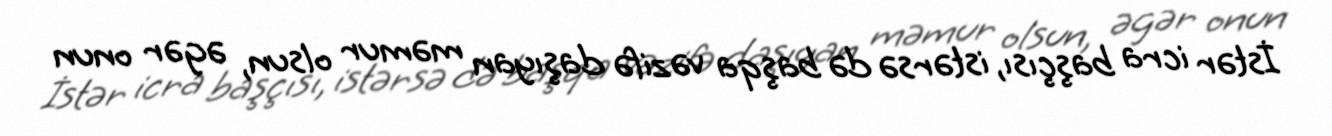
İstər icra başçısı, istərsə də başqa vəzifə daşıyan məmur olsun, əgər onun